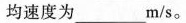
均速度为___m/s。